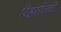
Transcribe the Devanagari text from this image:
रिहर्सलचे